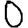
Digit: 0